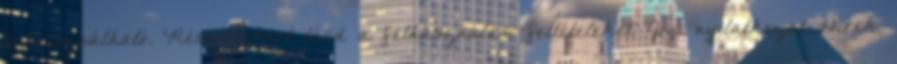
felhasználható. Részletekért lásd a felhasználási feltételeket. Jogi nyilatkozat Hírek,